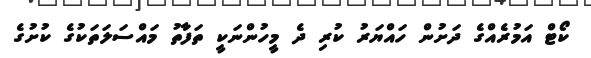
ކޯޓް އަމުރެއްގެ ދަށުން ހައްޔަރު ކުރި ދެ މީހުންނަކީ ތަފާތު މައްސަލަތަކުގެ ކުށުގެ